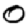
Digit: 0